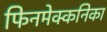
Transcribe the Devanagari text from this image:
फिनमेक्कनिका